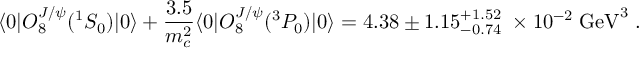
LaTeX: \langle 0 | { \cal O } _ { 8 } ^ { J / \psi } ( ^ { 1 } S _ { 0 } ) | 0 \rangle + { \frac { 3 . 5 } { m _ { c } ^ { 2 } } } \langle 0 | { \cal O } _ { 8 } ^ { J / \psi } ( ^ { 3 } P _ { 0 } ) | 0 \rangle = 4 . 3 8 \pm 1 . 1 5 _ { - 0 . 7 4 } ^ { + 1 . 5 2 } \; \times 1 0 ^ { - 2 } \; \mathrm { G e V } ^ { 3 } \; .